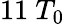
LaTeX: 11\ T_{0}